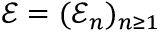
{ \mathcal E } = ( \mathcal E _ { n } ) _ { n \geq 1 }